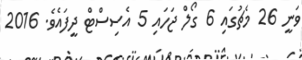
ވަނީ 26 މެޗުގައި 6 ގޯލް ޖަހައި 5 އެސިސްޓް ދީފައެވެ. 2016